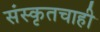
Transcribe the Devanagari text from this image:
संस्कृतचाही